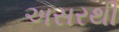
અસરથી